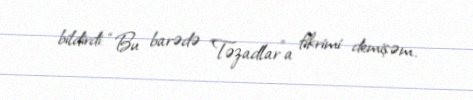
bildirdi: “Bu barədə ”Təzadlar"a fikrimi demişəm.